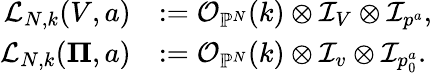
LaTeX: \begin{array}{rl}{\mathcal{L}_{N,k}(V,a)}&{:=\mathcal{O}_{{\mathbb P}^{N}}(k)\otimes\mathcal{I}_{V}\otimes\mathcal{I}_{p^{a}},}\\ {\mathcal{L}_{N,k}({\mathbf\Pi},a)}&{:=\mathcal{O}_{{\mathbb P}^{N}}(k)\otimes\mathcal{I}_{v}\otimes\mathcal{I}_{p_{0}^{a}}.}\end{array}